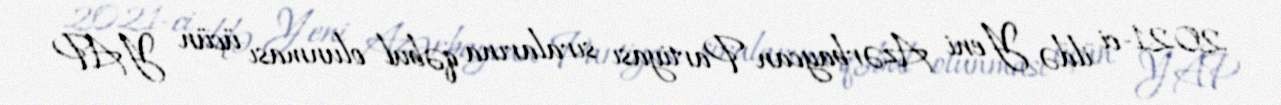
2021-ci ildə Yeni Azərbaycan Partiyası sıralarına qəbul olunması üçün YAP